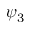
\psi _ { 3 }